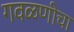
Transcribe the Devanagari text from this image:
गवळणीचा